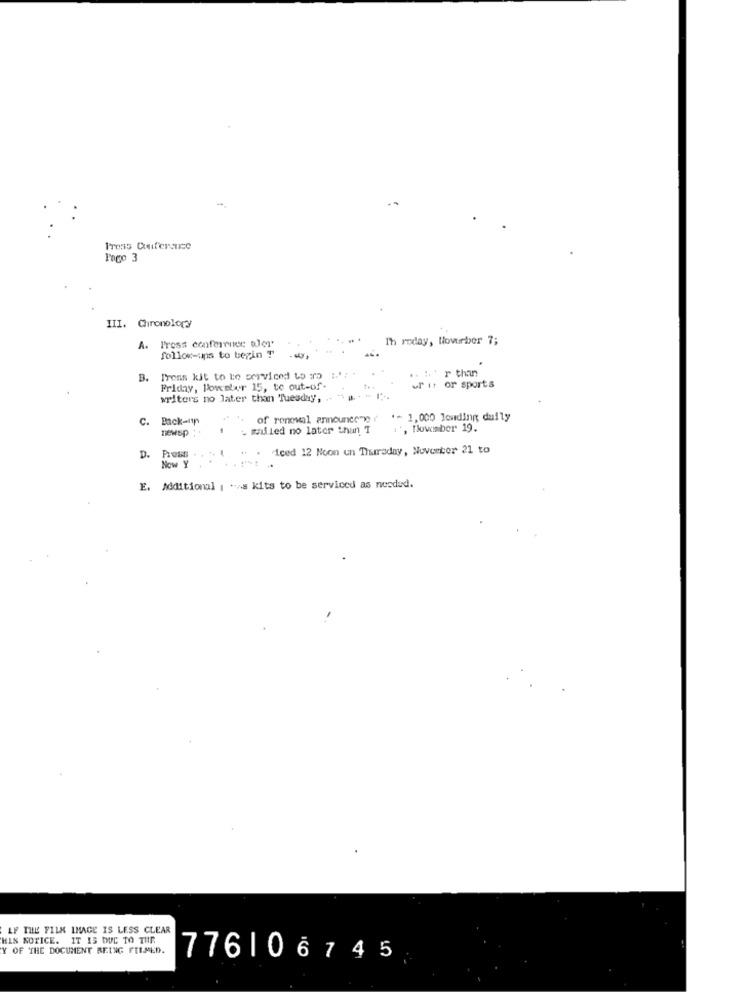
Press Conference
Pago 3
III. Chronology
Press conference aler'
Th roday, Novurber 7;
A.
follow-ups to begin ?
.. : ' r than
B.
Press kit to to serviced Lo ir :. ';
Friday, Poweber 15, to out-of
ur i: or sports
writers no later than Tuesday, .
C.
Back-11p
. of renewal announce n
*= 1,000 lowding daily
newsp :.
- mified no later than I
", Howmber 19.
" . iced 12 Noon un Thursday, November 21 to
D.
Press
Now Y
E. Additional , . as kits to be serviced as needed.
LF THE FILM IMAGE IS LESS CLEAR
HIS NOTICE. IT IS DUC TO THR
Y OF THE DOCUMENT BEING FILMED.
776106745